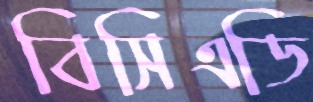
বিসিএডি